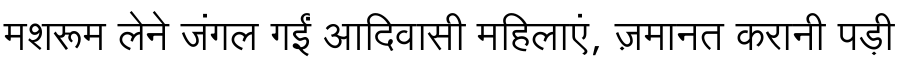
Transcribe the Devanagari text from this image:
मशरूम लेने जंगल गईं आदिवासी महिलाएं, ज़मानत करानी पड़ी